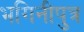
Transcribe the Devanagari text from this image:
भगिनीपुत्र